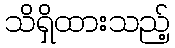
သိရှိထားသည့်